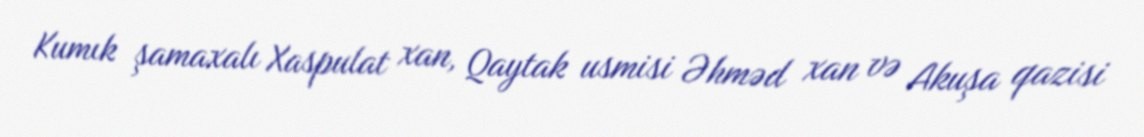
Kumık şamaxalı Xaspulat xan, Qaytak usmisi Əhməd xan və Akuşa qazisi